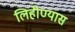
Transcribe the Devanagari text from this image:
लिहीण्यास